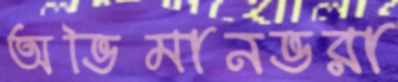
অভিমানভরা